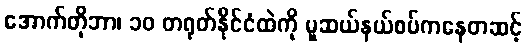
အောက်တိုဘာ၊ ၁၀ တရုတ်နိုင်ငံထဲကို မူဆယ်နယ်စပ်ကနေတဆင့်